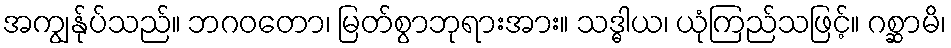
အကျွန်ုပ်သည်။ ဘဂဝတော၊ မြတ်စွာဘုရားအား။ သဒ္ဓါယ၊ ယုံကြည်သဖြင့်။ ဂစ္ဆာမိ၊